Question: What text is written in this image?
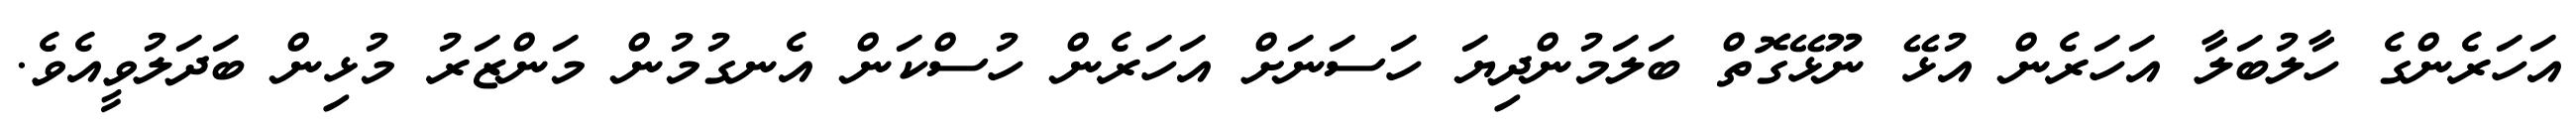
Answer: އަހަރެންގެ ހާލުބަލާ އަހަރެން އުޅޭ ނޫޅޭގޮތް ބަލަމުންދިޔަ ހަސަނަށް އަހަރެން ހުސްކަން އެނގުމުން މަންޒަރު މުޅިން ބަދަލުވީއެވެ.